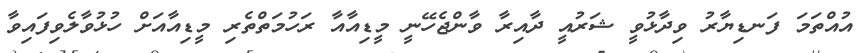
އުއްތަމަ ފަނޑިޔާރު ވިދާޅުވީ ޝަރުއީ ދާއިރާ ވާންޖެހޭނީ މީޑިއާއާ ރަހުމަތްތެރި މީޑިއާއަށް ހުޅުވާލެވިފައިވާ